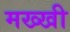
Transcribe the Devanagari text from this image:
मख्खी